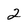
Character: 2